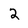
Character: 2